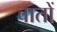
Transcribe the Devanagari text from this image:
वातों